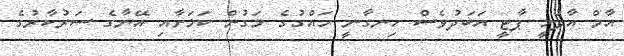
އާމް އާދުމީ ޕާޓީ އަބަދުވެސް ހިނގާނީ ހައްގުގެ މަގުން ކަމަށާއި އޭނާގެ ސަރުކާރުގެ